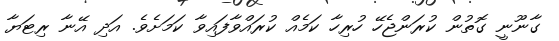
ގާނޫނީ ގޮތުން ކުރަންޖެހޭ ހުރިހާ ކަމެއް ކުރައްވާފައިވާ ކަމަށެވެ. އަދި އޭނާ ރިޓަޔާ